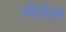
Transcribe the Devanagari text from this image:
पॉलेंटी